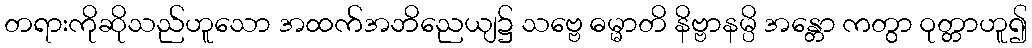
တရားကိုဆိုသည်ဟူသော အထက်အဘိညေယျ၌ သဗ္ဗေ ဓမ္မာတိ နိဗ္ဗာနမ္ပိ အန္တော ကတွာ ဝုတ္တာဟူ၍